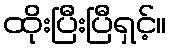
ထိုးပြီးပြီရှင့်။